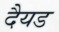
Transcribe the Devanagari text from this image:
दैयड